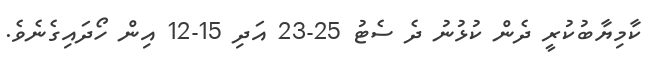
ކާމިޔާބުކުރީ ދެން ކުޅުނު ދެ ސެޓު 25-23 އަދި 15-12 އިން ހޯދައިގެނެވެ.